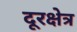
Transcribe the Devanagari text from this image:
दूरक्षेत्र